Lunatic asylums Central Provinces reports 1874-1885 - 1874-1885
Year: 1874
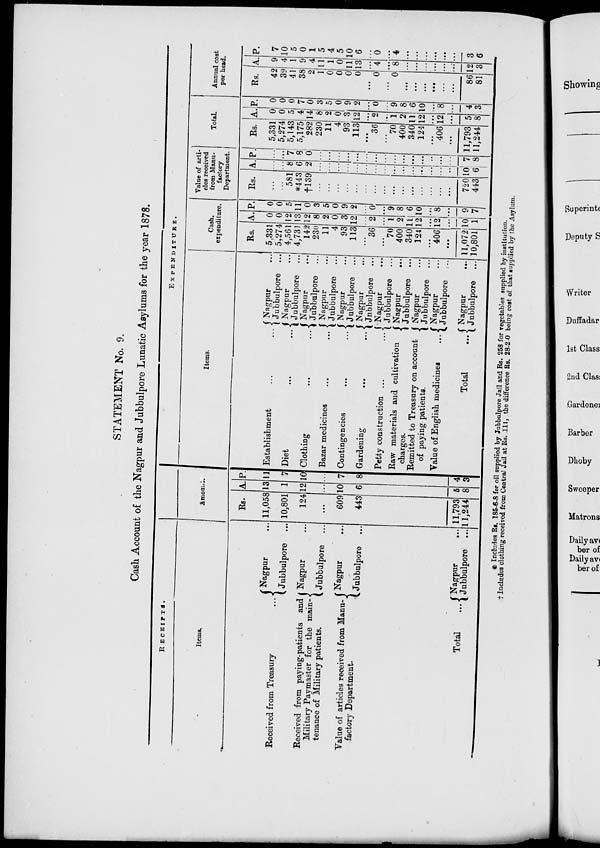
STATEMENT No. 9.
Cash Account of the Nagpur and Jubbulpore Lunatic Asylums for the year 1878.
RECEIPTS.
Items.
Received from Treasury ...
Received from paying-patients and
Military Paymaster for the main-
tenance of Military patients.
Value of articles received from Manu-
factory Department.
Total
...
Nagpur ...
Jubbulpore ...
Nagpur ...
Jubbulpore ...
Nagpur
...
Jubbulpore ...
Nagpur
...
Jubbulpore ...
Amount.
Rs.
11,058
10,801
124
...
609
443
11,793
11,244
A.
13
1
12
...
10
6
5
8
P.
11
7
10
...
7
8
4
3
EXPENDITURE.
Items.
Establishment
... ...
Diet ... ...
Clothing
...
...
Bazar medicines
...
...
Contingencies
...
...
Gardening
...
...
Petty construction ...
...
Raw materials and cultivation
charges.
Remitted to Treasury on account
of paying patients.
Value of English medicines
...
Total
...
Nagpur
...
Jubbulpore ...
Nagpur
...
Jubbulpore ...
Nagpur
...
Jubbulpore ...
Nagpur
...
Jubbulpore ...
Nagpur
...
Jubbulpore ...
Nagpur
...
Jubbulpore
...
Nagpur
...
Jubbulpore ...
Nagpur ...
Jubbulpore ...
Nagpur ...
Jubbulpore ...
Nagpur
...
Jubbulpore ...
Nagpur ...
Jubbulpore ...
Cash.
expenditure.
Rs.
5,331
5,274
4,561
4,731
142
230
11
4
93
113
...
36
...
70
400
340
124
...
406
...
11,072
10,801
A.
0
0
12
13
12
8
2
0
3
12
...
2
...
1
2
11
12
...
12
...
10
1
P.
0
0
5
11
0
3
5
0
9
2
...
0
...
9
8
6
10
...
8
...
9
7
Value of arti-
cles received
from Manu-
factory
Department.
Rs.
...
...
581
*443
†139
...
...
...
...
...
...
...
...
...
...
...
...
...
...
...
720
443
A.
...
...
8
6
2
...
...
...
...
...
...
...
...
...
...
...
...
...
...
...
10
6
P.
...
...
7
8
0
...
...
...
...
...
...
...
...
...
...
...
...
...
...
...
7
8
Total.
Rs.
5,331
5,274
5,143
5,175
282
230
11
4
93
113
...
36
...
70
400
340
124
...
406
...
11,793
11,244
A.
0
0
5
4
14
8
2
0
3
12
...
2
...
1
2
11
12
...
12
...
5
8
P.
0
0
0
7
0
3
5
0
9
2
...
0
...
9
8
6
10
...
8
...
4
3
Annual cost
per head.
Rs.
42
39
41
38
2
1
0
0
0
0
...
0
...
0
...
...
...
...
...
...
86
81
A.
9
4
1
9
4
11
1
0
11
13
...
4
...
8
...
...
...
...
...
...
12
3
P.
7
10
5
0
1
5
4
5
10
6
...
0
...
4
...
...
...
...
...
...
3
6
* Includes Rs. 185-6-8 for oil supplied by Jubbulpore Jail and Rs. 258 for vegetables supplied by institution.
† Includes clothing received from Central Jail at Rs. 111, the difference Rs. 28-2 0 being cost of that supplied by the Asylum.